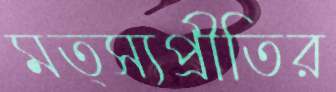
মত্স্যপ্রীতির